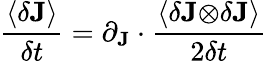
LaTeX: \frac{\left\langle\delta\mathbf{J}\right\rangle}{\delta t}=\partial_{\mathbf{J}}\cdot\frac{\left\langle\delta\mathbf{J\otimes}\delta\mathbf{J}\right\rangle}{2\delta t}